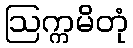
ဩက္ကမိတုံ